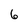
Character: 6